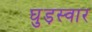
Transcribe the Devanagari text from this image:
घुड़स्वार